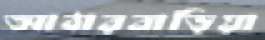
আঠারবাড়িয়া